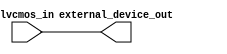
module io_block (
    input lvcmos_in,
    output external_device_out
);

assign external_device_out = lvcmos_in;

endmodule